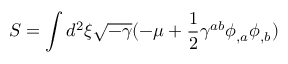
S = \int d ^ { 2 } \xi \sqrt { - \gamma } ( - \mu + \frac { 1 } { 2 } \gamma ^ { a b } \phi _ { , a } \phi _ { , b } )